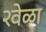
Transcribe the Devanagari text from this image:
२वेळा